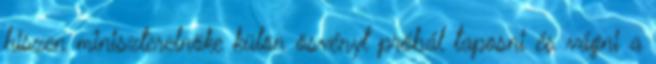
hiszen miniszterelnöke külön ösvényt próbál taposni és vágni a